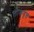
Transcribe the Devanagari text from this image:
लोकवृत्त